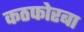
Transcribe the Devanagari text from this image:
कठफोरबा